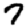
Digit: 7